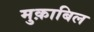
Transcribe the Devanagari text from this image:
मुक़ाबिल